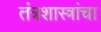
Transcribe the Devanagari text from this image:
तंत्रशास्त्रांचा